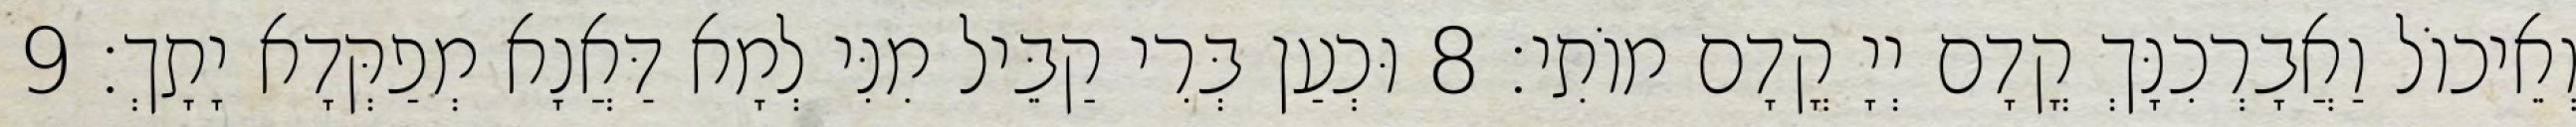
וְאֵיכוֹל וַאֲבָרְכִנָּךְ קֳדָם יְיָ קֳדָם מוֹתִי׃ 8 וּכְעַן בְּרִי קַבֵּיל מִנִּי לְמָא דַּאֲנָא מְפַקְּדָא יָתָךְ׃ 9